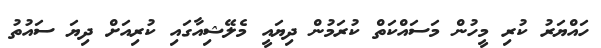
ހައްޔަރު ކުރި މީހުން މަސައްކަތް ކުރަމުން ދިޔައީ މެލޭޝިއާގައި ކުރިއަށް ދިޔަ ސައުތު